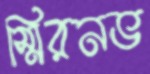
স্মিরনভ